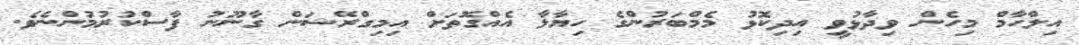
އިލްހާމް މިހެން ވިދާޅުވީ އިދިކޮޅު މެމްބަރުންގެ ހިޔާލާ އެއްގޮތަށް އިމިގްރޭޝަން ގާނޫނު ފާސްކުރުމުންނެވެ.